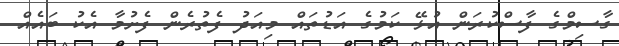
ގާސިމްގެ ފާސްކުރަން އުޅޭ ކަމުގެ އަޑުތައް މިއަދު ފެތުރެން ފެށުމާ އެކު ބައެއް